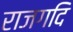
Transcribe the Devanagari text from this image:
राजगदि